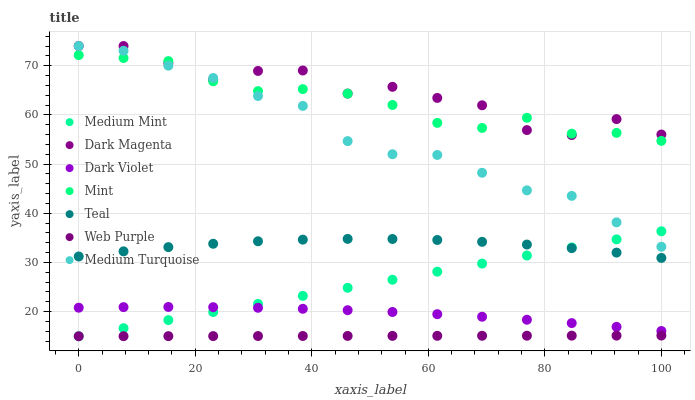
| xaxis_label | Medium Mint | Dark Magenta | Dark Violet | Mint | Teal | Web Purple | Medium Turquoise |
 | --- | --- | --- | --- | --- | --- | --- | --- |
 | 0 | 15 | 74 | 20.8 | 72.2 | 31.2 | 15 | 74 |
 | 7.69 | 16.6 | 74 | 20.9 | 71.6 | 32.3 | 15 | 73 |
 | 15.4 | 18.3 | 70.5 | 21 | 70.9 | 33.1 | 15 | 70 |
 | 23.1 | 19.9 | 67.1 | 20.9 | 66.8 | 33.8 | 15 | 67.5 |
 | 30.8 | 21.6 | 68.9 | 20.8 | 64.8 | 34.3 | 15 | 63.8 |
 | 38.5 | 23.2 | 69 | 20.6 | 65.2 | 34.6 | 15.1 | 61.8 |
 | 46.2 | 24.8 | 64.3 | 20.3 | 64.3 | 34.8 | 15.1 | 54.7 |
 | 53.8 | 26.5 | 65.7 | 19.9 | 62 | 34.8 | 15.1 | 52 |
 | 61.5 | 28.1 | 63.4 | 19.5 | 58.4 | 34.6 | 15.1 | 51.9 |
 | 69.2 | 29.8 | 62 | 19 | 57.3 | 34.2 | 15.1 | 48.2 |
 | 76.9 | 31.4 | 56.9 | 18.4 | 59.4 | 33.6 | 15.1 | 44.7 |
 | 84.6 | 33.1 | 55.9 | 17.7 | 56.2 | 32.9 | 15.1 | 43.5 |
 | 92.3 | 34.7 | 59.1 | 16.9 | 56.3 | 32 | 15.1 | 38.2 |
 | 100 | 36.3 | 56 | 16.1 | 54.7 | 30.9 | 15.1 | 33.2 |